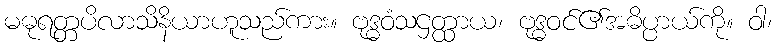
မဓုရတ္တပိလာသိနိယာဟူသည်ကား။ ဗုဒ္ဓဝံသဌတ္ထာယ၊ ဗုဒ္ဓဝင်၏အဓိပ္ပာယ်ကို။ ဝါ၊